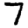
Digit: 7